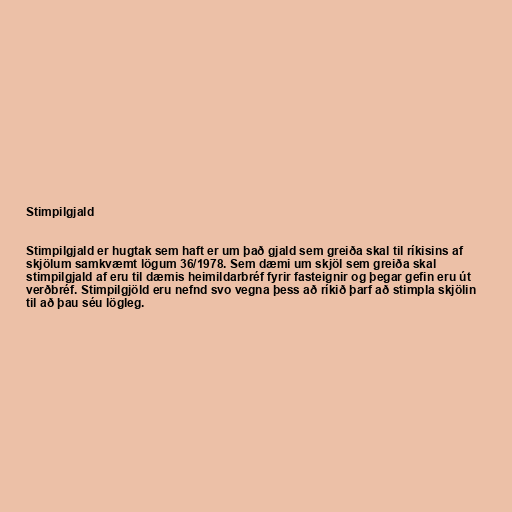
Stimpilgjald

Stimpilgjald er hugtak sem haft er um það gjald sem greiða skal til ríkisins af
skjölum samkvæmt lögum 36/1978. Sem dæmi um skjöl sem greiða skal
stimpilgjald af eru til dæmis heimildarbréf fyrir fasteignir og þegar gefin eru út
verðbréf. Stimpilgjöld eru nefnd svo vegna þess að ríkið þarf að stimpla skjölin
til að þau séu lögleg.